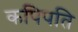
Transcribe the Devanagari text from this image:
कपिपति